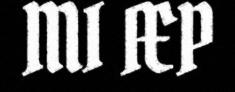
MI ÆP